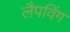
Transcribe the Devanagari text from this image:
लैपविंग